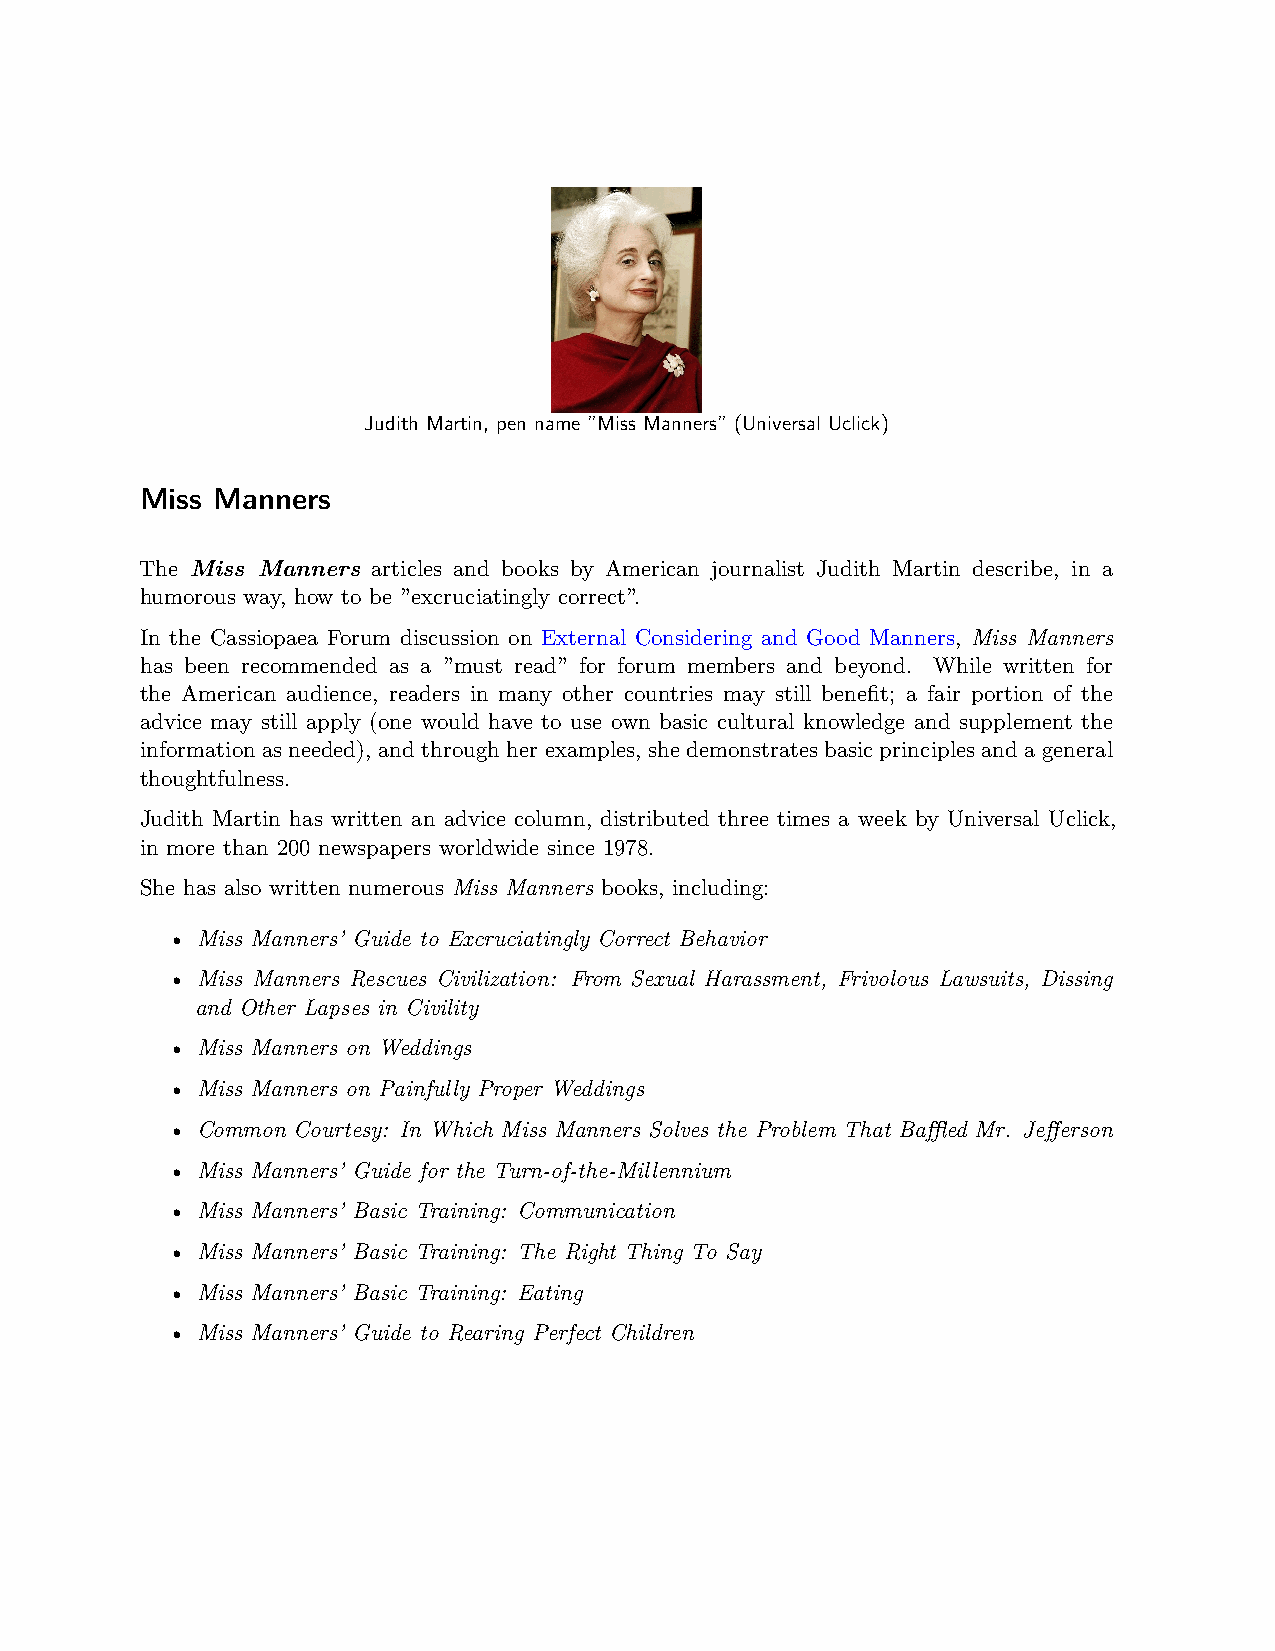
Judith Martin, pen name ”Miss Manners” (Universal Uclick)
 Miss Manners
 The Miss Manners articles and books by American journalist Judith Martin describe, in a
 humorous way, how to be ”excruciatingly correct”.
 In the Cassiopaea Forum discussion on External Considering and Good Manners, Miss Manners
 has been recommended as a ”must read” for forum members and beyond. While written for
 the American audience, readers in many other countries may still benefit; a fair portion of the
 advice may still apply (one would have to use own basic cultural knowledge and supplement the
 information as needed), and through her examples, she demonstrates basic principles and a general
 thoughtfulness.
 Judith Martin has written an advice column, distributed three times a week by Universal Uclick,
 in more than 200 newspapers worldwide since 1978.
 She has also written numerous Miss Manners books, including:
 • Miss Manners’ Guide to Excruciatingly Correct Behavior
 • Miss Manners Rescues Civilization: From Sexual Harassment, Frivolous Lawsuits, Dissing
 and Other Lapses in Civility
 • Miss Manners on Weddings
 • Miss Manners on Painfully Proper Weddings
 • Common Courtesy: In Which Miss Manners Solves the Problem That Baffled Mr. Jefferson
 • Miss Manners’ Guide for the Turn-of-the-Millennium
 • Miss Manners’ Basic Training: Communication
 • Miss Manners’ Basic Training: The Right Thing To Say
 • Miss Manners’ Basic Training: Eating
 • Miss Manners’ Guide to Rearing Perfect Children